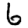
Digit: 6